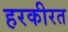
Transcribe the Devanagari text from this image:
हरकीरत